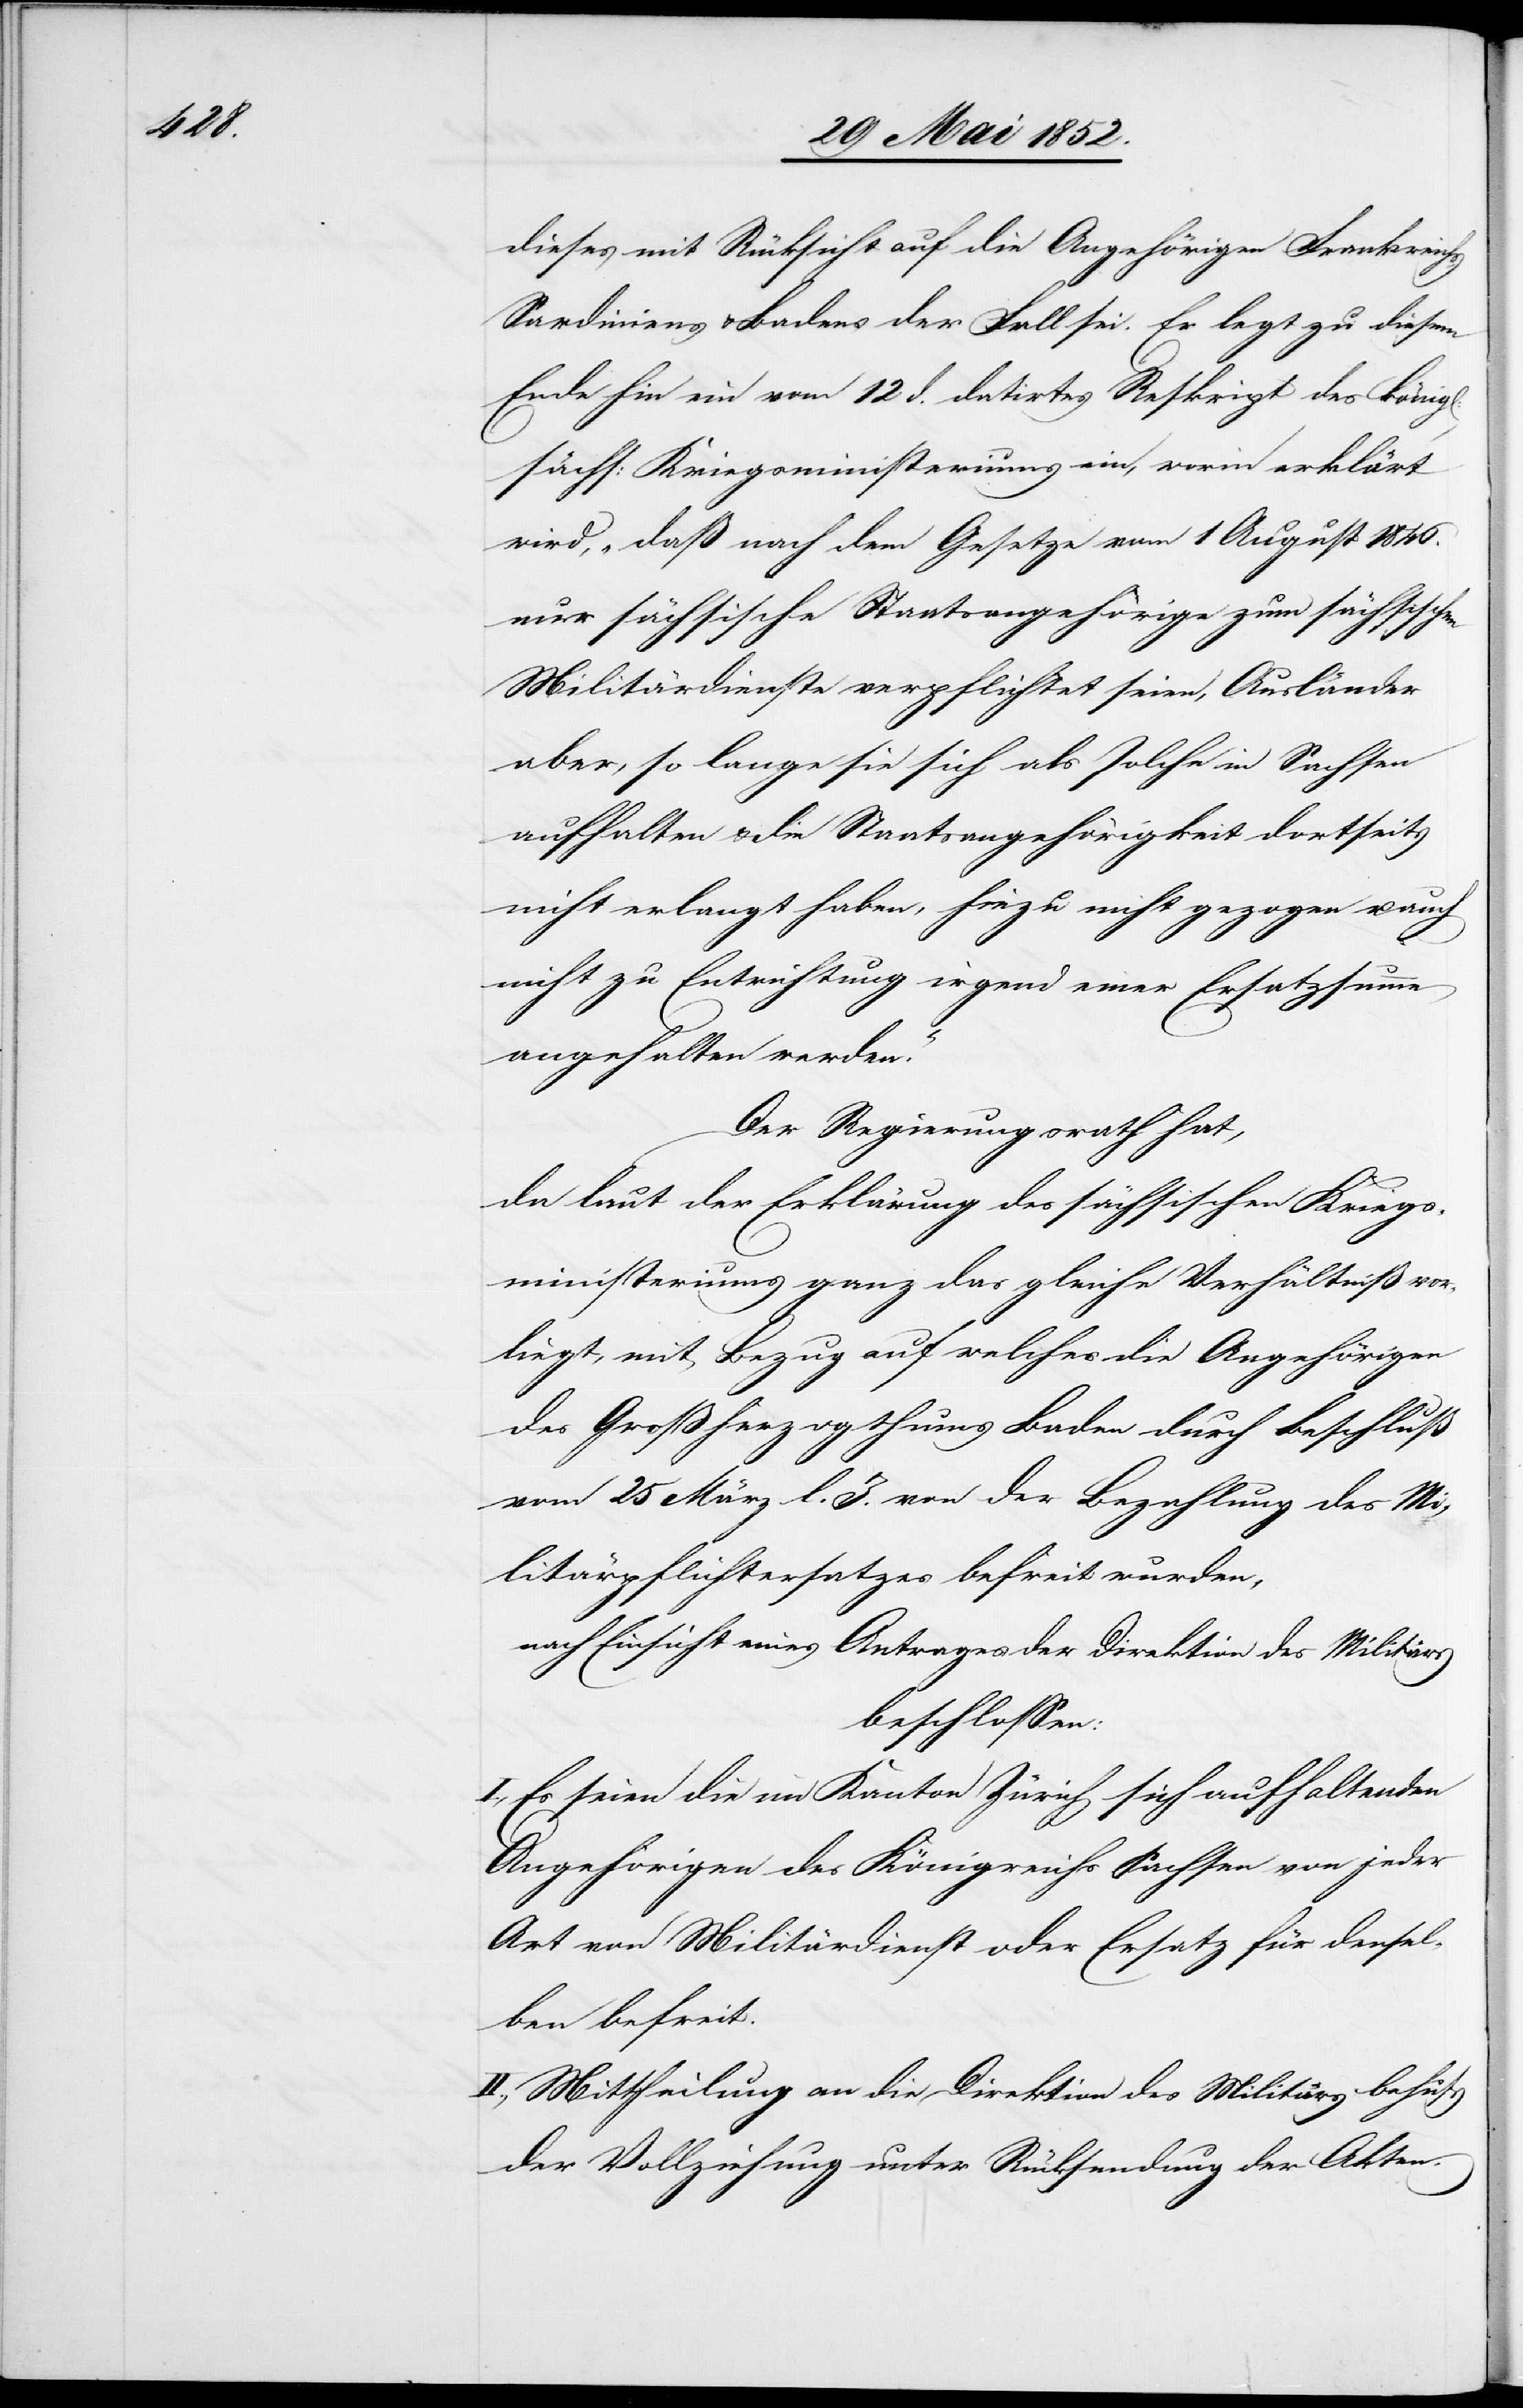
dieses mit Rücksicht auf die Angehörigen Frankreichs,
Sardiniens & Badens der Fall sei. Er legt zu diesem
Ende hin ein vom 12 d. datirtes Reskript des königl:
sächs: Kriegsministeriums ein, worin erklärt
wird, „daß nach dem Gesetze vom 1 August 1846.
nur sächsische Staatsangehörige zum sächsischen
Militärdienste verpflichtet seien, Ausländer
aber, so lange sie sich als solche in Sachsen
aufhalten & die Staatsangehörigkeit dortseits
nicht erlangt haben, hiezu nicht gezogen u.
nicht zu Entrichtung irgend einer Ersatzsumme
angehalten werden.“
Der Regierungsrath hat,
da laut der Erklärung des sächsischen Kriegs¬
ministeriums ganz das gleiche Verhältniß vor¬
liegt, mit Bezug auf welches die Angehörigen
des Großherzogthums Baden durch Beschluß
vom 25 März l. J. von der Bezahlung des Mi¬
litärpflichtersatzes befreit wurden,
beschlossen:
I., Es seien die im Kanton Zürich sich aufhaltenden
Angehörigen des Königreichs Sachsen von jeder
Art von Militärdienst oder Ersatz für densel¬
ben befreit.
II., Mittheilung an die Direktion des Militärs behufs
der Vollziehung unter Rücksendung der Akten.